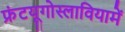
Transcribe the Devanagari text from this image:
फ्रंटयूगोस्लावियामें